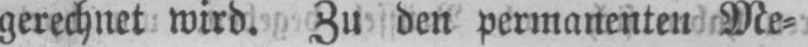
gerechnet wird. Zu den permanenten Me⸗